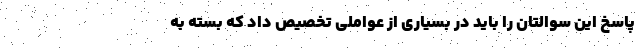
پاسخ این سوالتان را باید در بسیاری از عواملی تخصیص داد که بسته به